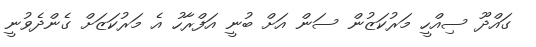
ގައްދޫ ސިއްހީ މަރުކަޒުން ސަން އަށް ބުނީ އަފްރާހު އެ މަރުކަޒަށް ގެންދެވުނީ